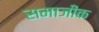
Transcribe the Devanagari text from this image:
समाजीक